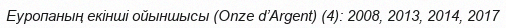
Еуропаның екінші ойыншысы (Onze d’Argent) (4): 2008, 2013, 2014, 2017